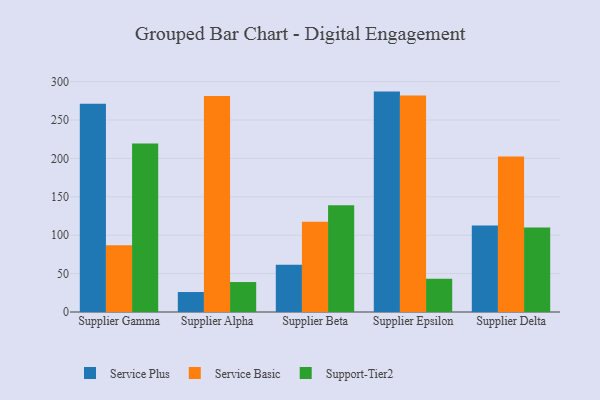
{"axis": {"x": "Supplier", "y": "Page Views"}, "legend": ["Service Basic", "Service Plus", "Support-Tier2"], "data": [{"x": "Supplier Gamma", "y": 271.2, "type": "Service Plus"}, {"x": "Supplier Gamma", "y": 86.8, "type": "Service Basic"}, {"x": "Supplier Gamma", "y": 219.4, "type": "Support-Tier2"}, {"x": "Supplier Alpha", "y": 26.0, "type": "Service Plus"}, {"x": "Supplier Alpha", "y": 281.2, "type": "Service Basic"}, {"x": "Supplier Alpha", "y": 39.0, "type": "Support-Tier2"}, {"x": "Supplier Beta", "y": 61.4, "type": "Service Plus"}, {"x": "Supplier Beta", "y": 117.6, "type": "Service Basic"}, {"x": "Supplier Beta", "y": 139.0, "type": "Support-Tier2"}, {"x": "Supplier Epsilon", "y": 287.0, "type": "Service Plus"}, {"x": "Supplier Epsilon", "y": 281.9, "type": "Service Basic"}, {"x": "Supplier Epsilon", "y": 43.3, "type": "Support-Tier2"}, {"x": "Supplier Delta", "y": 112.7, "type": "Service Plus"}, {"x": "Supplier Delta", "y": 202.4, "type": "Service Basic"}, {"x": "Supplier Delta", "y": 110.0, "type": "Support-Tier2"}]}